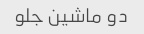
دو ماشین جلو